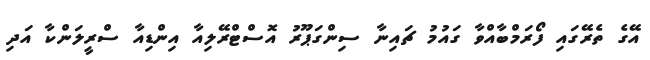
އޭގެ ތެރޭގައި ފޯރަމްބާއްވާ ގައުމު ޗައިނާ ސިންގަޕޫރު އޮސްޓްރޭލިއާ އިންޑިއާ ސްރީލަންކާ އަދި